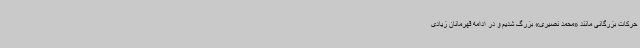
حرکات بزرگانی مانند «محمد نصیری» بزرگ شدیم و در ادامه قهرمانان زیادی